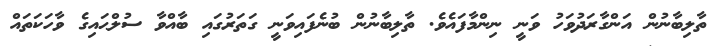
ތާލިބާނުން އަންގާރަދުވަހު ވަނީ ނިންމާފައެވެ. ތާލިބާނުން ބުނެފައިވަނީ ގަތަރުގައި ބާއްވާ ސުލްޙައިގެ ވާހަކަތައް